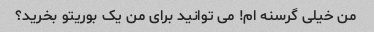
من خیلی گرسنه ام! می توانید برای من یک بوریتو بخرید؟